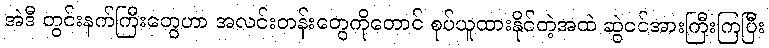
အဲဒီ တွင်းနက်ကြီးတွေဟာ အလင်းတန်းတွေကိုတောင် စုပ်ယူထားနိုင်တဲ့အထဲ ဆွဲငင်အားကြီးကြပြီး